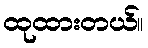
ထုထားတယ်။